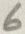
Text: 6